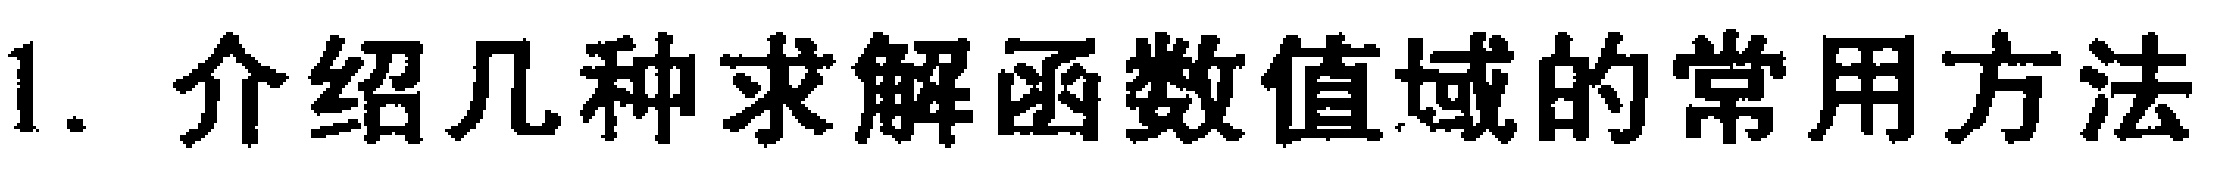
1. 介绍几种求解函数值域的常用方法